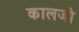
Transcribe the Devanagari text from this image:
कालजी